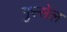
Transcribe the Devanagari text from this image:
गुस्सेल